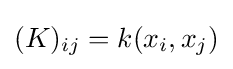
(K)_{ij}=k(x_{i},x_{j})